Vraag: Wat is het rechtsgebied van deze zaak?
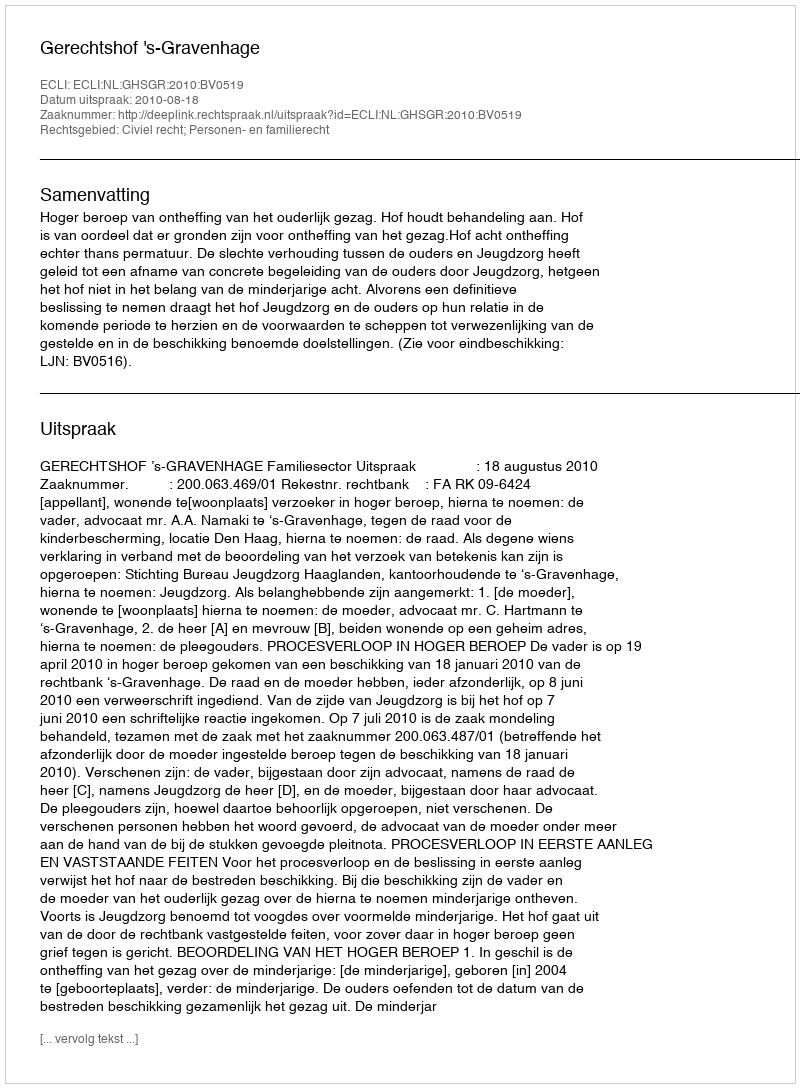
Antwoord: Civiel recht; Personen- en familierecht